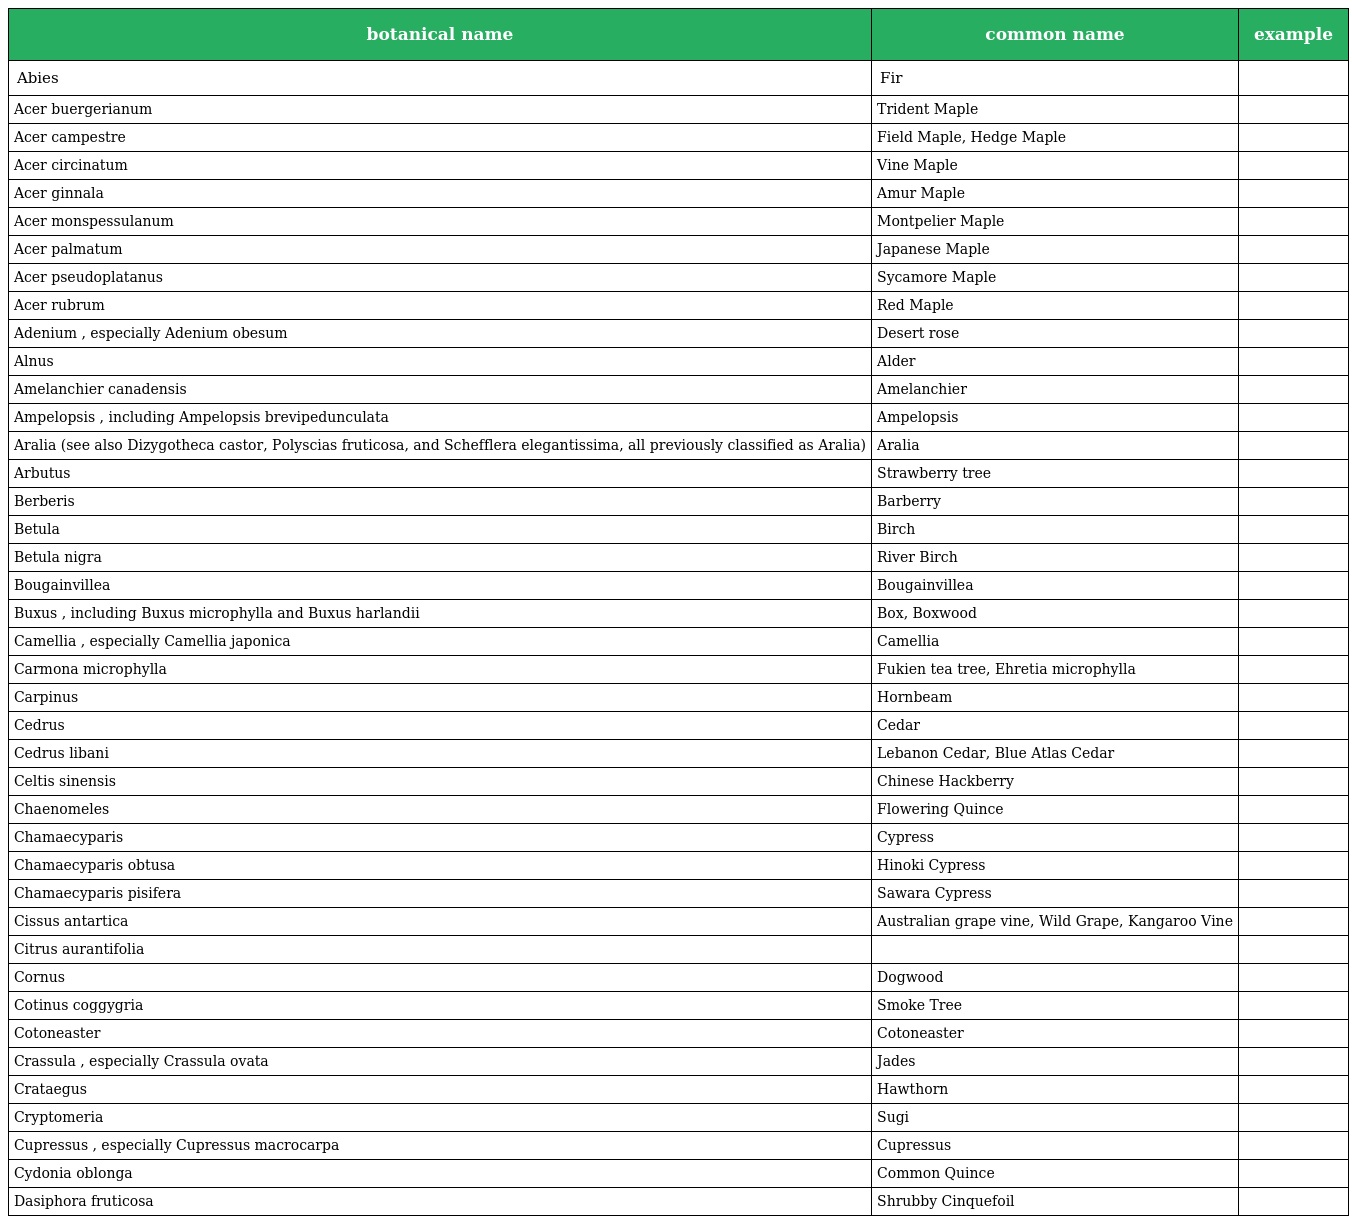
| botanical name | common name | example |
 | --- | --- | --- |
 | Abies | Fir |  |
 | Acer buergerianum | Trident Maple |  |
 | Acer campestre | Field Maple, Hedge Maple |  |
 | Acer circinatum | Vine Maple |  |
 | Acer ginnala | Amur Maple |  |
 | Acer monspessulanum | Montpelier Maple |  |
 | Acer palmatum | Japanese Maple |  |
 | Acer pseudoplatanus | Sycamore Maple |  |
 | Acer rubrum | Red Maple |  |
 | Adenium , especially Adenium obesum | Desert rose |  |
 | Alnus | Alder |  |
 | Amelanchier canadensis | Amelanchier |  |
 | Ampelopsis , including Ampelopsis brevipedunculata | Ampelopsis |  |
 | Aralia (see also Dizygotheca castor, Polyscias fruticosa, and Schefflera elegantissima, all previously classified as Aralia) | Aralia |  |
 | Arbutus | Strawberry tree |  |
 | Berberis | Barberry |  |
 | Betula | Birch |  |
 | Betula nigra | River Birch |  |
 | Bougainvillea | Bougainvillea |  |
 | Buxus , including Buxus microphylla and Buxus harlandii | Box, Boxwood |  |
 | Camellia , especially Camellia japonica | Camellia |  |
 | Carmona microphylla | Fukien tea tree, Ehretia microphylla |  |
 | Carpinus | Hornbeam |  |
 | Cedrus | Cedar |  |
 | Cedrus libani | Lebanon Cedar, Blue Atlas Cedar |  |
 | Celtis sinensis | Chinese Hackberry |  |
 | Chaenomeles | Flowering Quince |  |
 | Chamaecyparis | Cypress |  |
 | Chamaecyparis obtusa | Hinoki Cypress |  |
 | Chamaecyparis pisifera | Sawara Cypress |  |
 | Cissus antartica | Australian grape vine, Wild Grape, Kangaroo Vine |  |
 | Citrus aurantifolia |  |  |
 | Cornus | Dogwood |  |
 | Cotinus coggygria | Smoke Tree |  |
 | Cotoneaster | Cotoneaster |  |
 | Crassula , especially Crassula ovata | Jades |  |
 | Crataegus | Hawthorn |  |
 | Cryptomeria | Sugi |  |
 | Cupressus , especially Cupressus macrocarpa | Cupressus |  |
 | Cydonia oblonga | Common Quince |  |
 | Dasiphora fruticosa | Shrubby Cinquefoil |  |